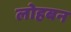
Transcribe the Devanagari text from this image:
लोहबन